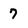
Character: 7